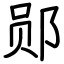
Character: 郧